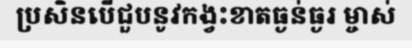
ប្រសិនបើជួបនូវកង្វះខាតធ្ងន់ធ្ងរ ម្ចាស់